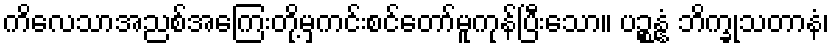
ကိလေသာအညစ်အကြေးတို့မှကင်းစင်တော်မူကုန်ပြီးသော။ ပဉ္စန္နံ ဘိက္ခုသတာနံ၊